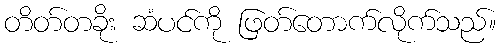
တိတ်တခိုး ဆံပင်ကို ဖြတ်တောက်လိုက်သည်။